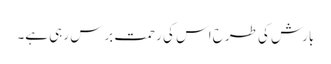
بارش کی طرح اس کی رحمت برس رہی ہے۔